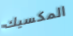
المكسيك